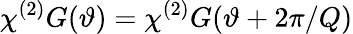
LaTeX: \chi^{(2)}G(\vartheta)=\chi^{(2)}G(\vartheta+2\pi/Q)